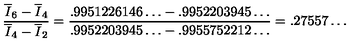
\frac { \overline { { I } } _ { 6 } - \overline { { I } } _ { 4 } } { \overline { { I } } _ { 4 } - \overline { { I } } _ { 2 } } = { \frac { { . 9 9 5 1 2 2 6 1 4 6 \ldots - . 9 9 5 2 2 0 3 9 4 5 \ldots } } { { . 9 9 5 2 2 0 3 9 4 5 \ldots - . 9 9 5 5 7 5 2 2 1 2 \ldots } } } = . 2 7 5 5 7 \ldots